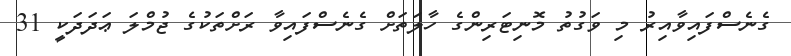
ގެނެސްފައިވާއިރު މި ވަގުތު މޮނިޓަރިންގެ ހާލަތަށް ގެނެސްފައިވާ ރަށްތަކުގެ ޖުމްލަ ޢަދަދަކީ 31